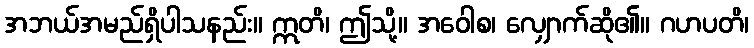
အဘယ်အမည်ရှိပါသနည်း။ ဣတိ၊ ဤသို့။ အဝေါစ၊ လျှောက်ဆို၏။ ဂဟပတိ၊